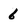
Character: 6